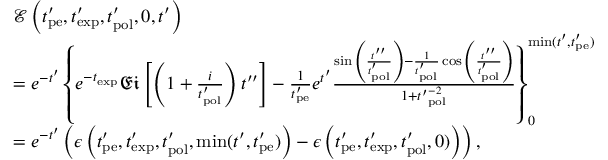
\begin{array} { r l } & { \mathcal { E } \left( t _ { \mathrm { p e } } ^ { \prime } , t _ { \mathrm { e x p } } ^ { \prime } , t _ { \mathrm { p o l } } ^ { \prime } , 0 , t ^ { \prime } \right) } \\ & { = e ^ { - t ^ { \prime } } \left\{ e ^ { - t _ { \mathrm { e x p } } } \mathfrak { E i } \left[ \left( 1 + \frac { i } { t _ { \mathrm { p o l } } ^ { \prime } } \right) t ^ { \prime \prime } \right] - \frac { 1 } { t _ { \mathrm { p e } } ^ { \prime } } e ^ { t ^ { \prime } } \frac { \sin { \left( \frac { t ^ { \prime \prime } } { t _ { \mathrm { p o l } } ^ { \prime } } \right) } - \frac { 1 } { t _ { \mathrm { p o l } } ^ { \prime } } \cos { \left( \frac { t ^ { \prime \prime } } { t _ { \mathrm { p o l } } ^ { \prime } } \right) } } { 1 + { t ^ { \prime } } _ { \mathrm { p o l } } ^ { - 2 } } \right\} _ { 0 } ^ { \mathrm { m i n } ( t ^ { \prime } , t _ { \mathrm { p e } } ^ { \prime } ) } } \\ & { = e ^ { - t ^ { \prime } } \left( \epsilon \left( t _ { \mathrm { p e } } ^ { \prime } , t _ { \mathrm { e x p } } ^ { \prime } , t _ { \mathrm { p o l } } ^ { \prime } , \mathrm { m i n } ( t ^ { \prime } , t _ { \mathrm { p e } } ^ { \prime } ) \right) - \epsilon \left( t _ { \mathrm { p e } } ^ { \prime } , t _ { \mathrm { e x p } } ^ { \prime } , t _ { \mathrm { p o l } } ^ { \prime } , 0 ) \right) \right) , } \end{array}